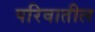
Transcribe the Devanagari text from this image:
परिवातील